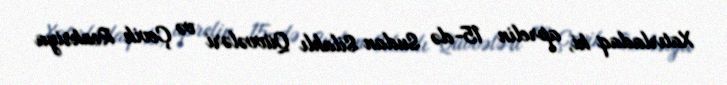
Xatırladaq ki, aprelin 15-də Sudan Silahlı Qüvvələri və Çevik Reaksiya